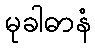
မုခါဓာနံ